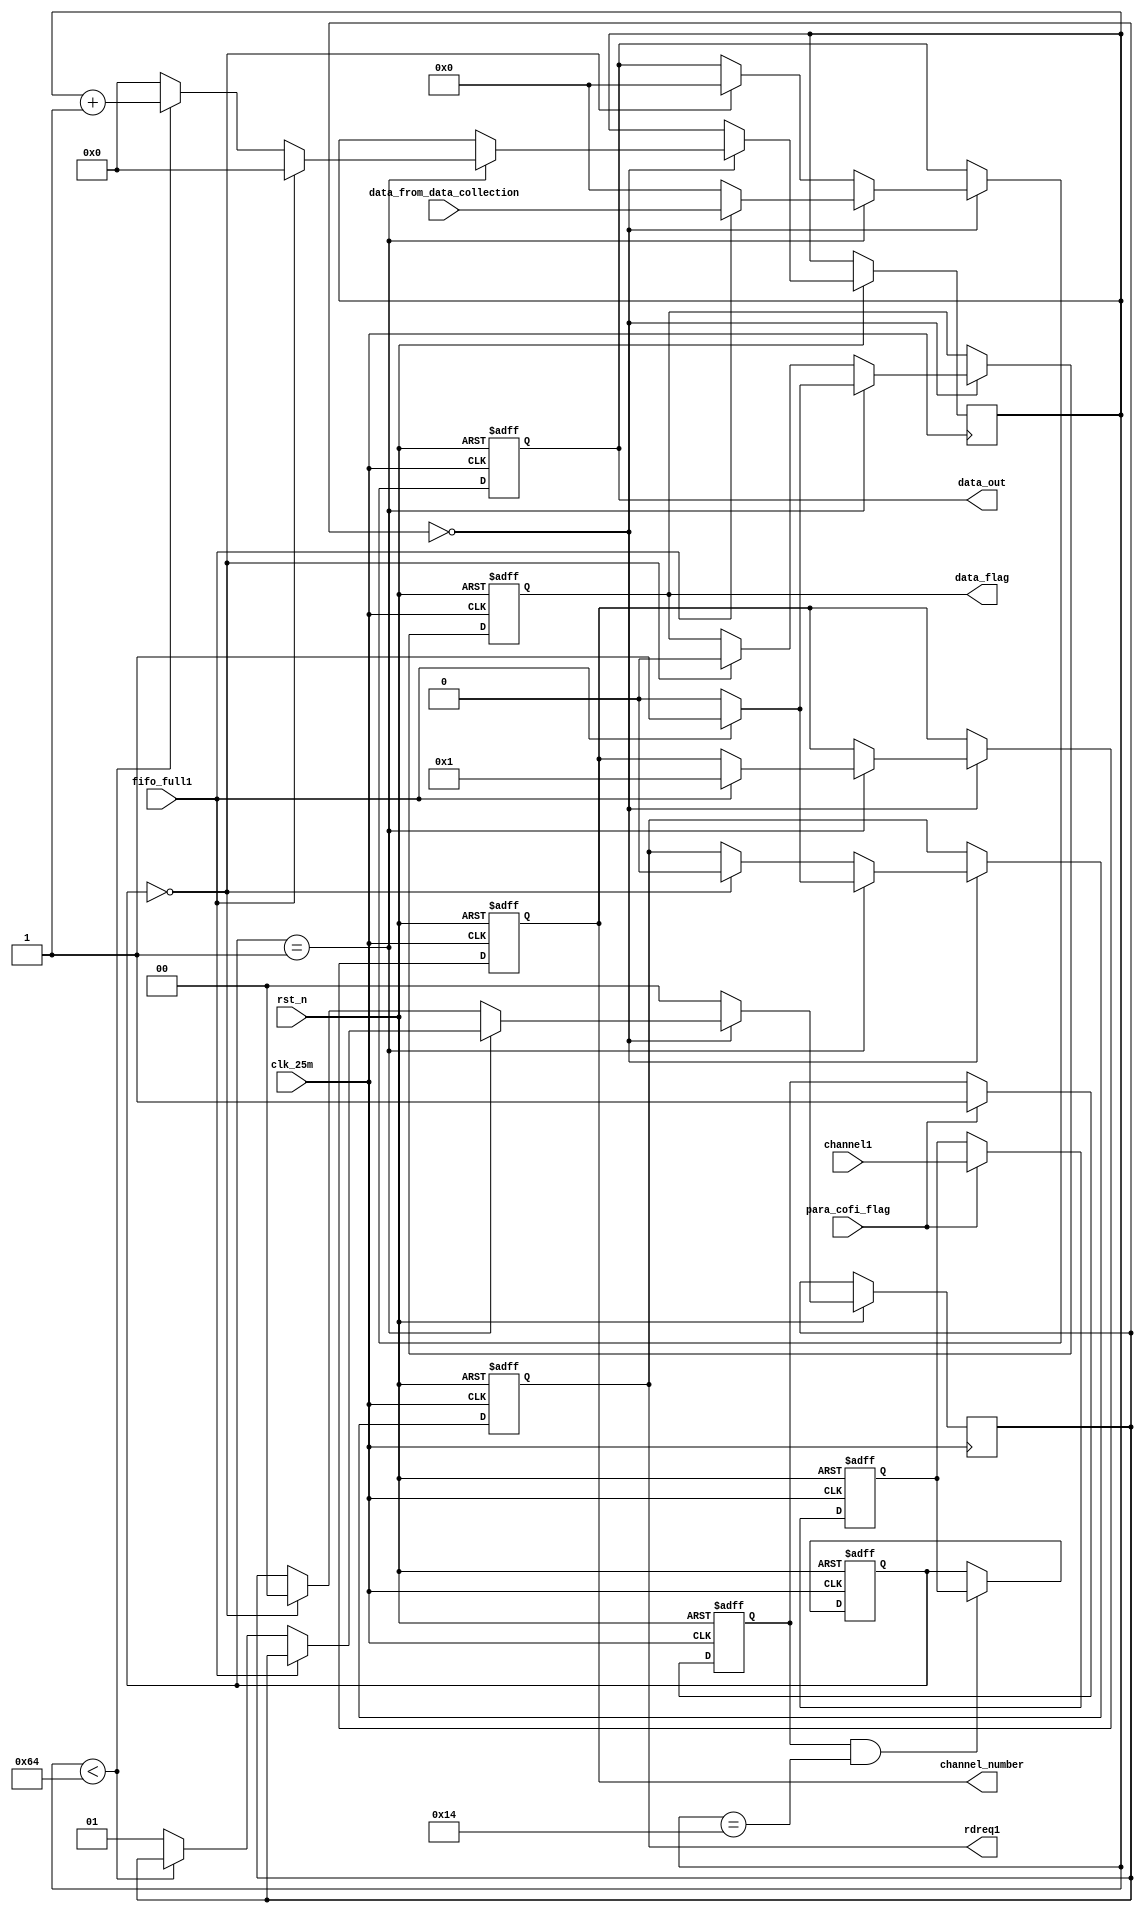
//
module channel_polling
(
input clk_25m,
input rst_n,
input para_cofi_flag,
input [7:0]channel1,  // 
input [15:0]data_from_data_collection, //data_collection
input fifo_full1,
output reg rdreq1,
output reg [15:0]data_out,
output reg data_flag,
output reg [3:0]channel_number
);

reg [6:0]count;
reg para_cofi_flag_reg;

initial
begin
  count<=7'd20;
end


//channel1channel2channel3
reg [7:0]channel1_reg;

reg [7:0]channel1_rr;

always@(posedge clk_25m or negedge rst_n)
begin
  if(!rst_n)
    begin
	   channel1_reg<=8'h0;
	 end
  else if((para_cofi_flag_reg)&&(count==7'd20))// 
    begin
	   channel1_reg<=channel1_rr;
	 end
end


always@(posedge clk_25m or negedge rst_n)  //para_cofi_flag,
begin
if(!rst_n)
  begin
  para_cofi_flag_reg<=1'b0;
  channel1_rr<=8'h0;
  end
else if(para_cofi_flag)
  begin
  para_cofi_flag_reg<=1'b1;   //1count=20 
  channel1_rr<=channel1;
  end
end


reg [1:0]state;
parameter read1=2'd0,read2=2'd1,read3=2'd2;
always@(posedge clk_25m or negedge rst_n)
begin
  if(!rst_n)
    begin
	   rdreq1<=1'b0;
		channel_number<=4'h0;
		data_flag<=0;
		data_out<=16'h0;
	 end
  else 
    case(state)
	 read1: begin
	          if(channel1_reg==8'h01)
				   begin
					  if(fifo_full1==1'b1)
					    begin
						 data_flag<=1'b1;
					    rdreq1<=1'b1;
						 count<=0;
						 channel_number<=4'd1;
						 data_out<=data_from_data_collection;
						 end
					  else
					    begin
						   data_flag<=1'b0;
					      data_out<=16'h0;
					      rdreq1<=1'b0;
							if(count<7'd100)   //wait 10us
					        count<=count+1'b1;
					      else 
			              begin state<=read2;  count<=7'd0; end 
						 end 
					end
				 else if(channel1_reg==8'h00)
				   begin
				     state<=read1;
					  data_flag<=1'b0;
					  data_out<=16'h0;
					  rdreq1<=1'b0;
					end
				end
		default: state<=read1;
		endcase						  
end


endmodule